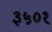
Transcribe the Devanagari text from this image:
३५०१